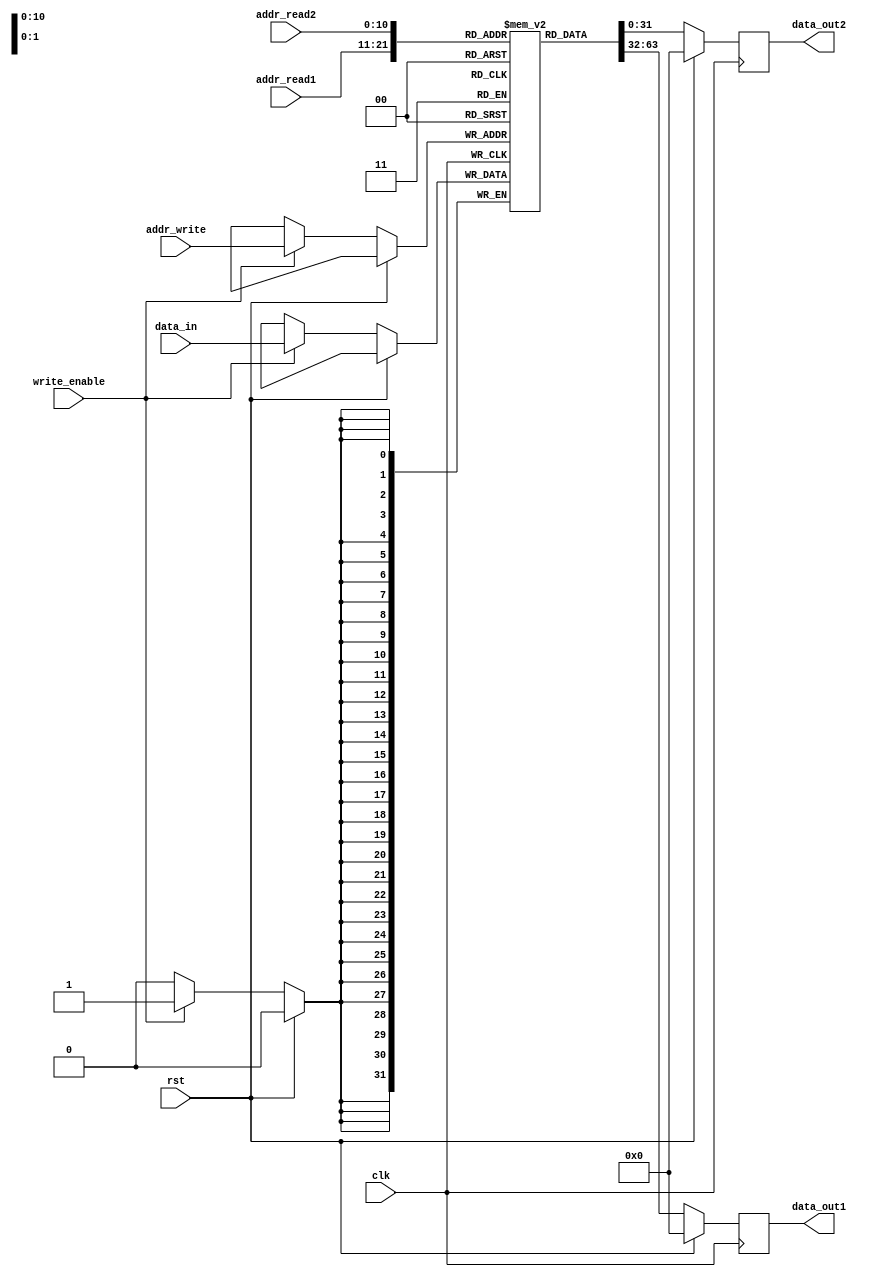
module dual_port_ram(
  input  wire clk,
  input  wire rst,
  input  wire [10:0] addr_read1,
  input  wire [10:0] addr_read2,
  input  wire [10:0] addr_write,
  input  wire write_enable,
  input  wire [31:0] data_in,
  output reg [31:0] data_out1,
  output reg [31:0] data_out2
);

reg [31:0] memory [2047:0];

always @ (posedge clk) begin
  if (rst) begin
    data_out1 <= 32'b0;
    data_out2 <= 32'b0;
  end else begin
    data_out1 <= memory[addr_read1];
    data_out2 <= memory[addr_read2];
    
    if (write_enable) begin
      memory[addr_write] <= data_in;
    end
  end
end

endmodule